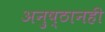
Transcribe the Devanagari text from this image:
अनुष्ठानही